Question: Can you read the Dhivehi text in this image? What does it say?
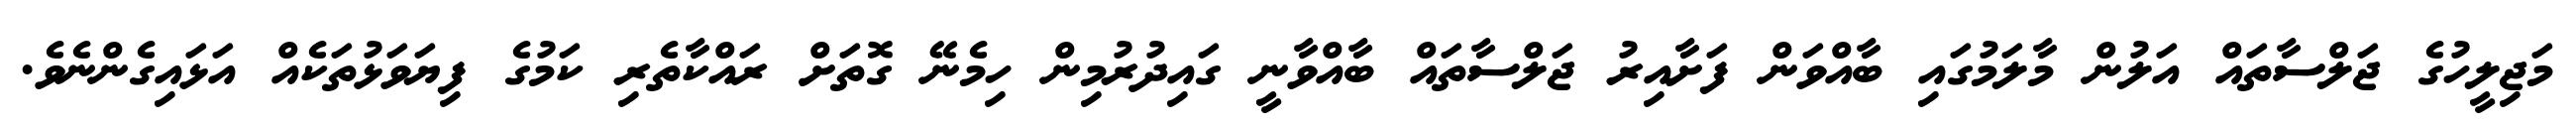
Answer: މަޖިލީހުގެ ޖަލްސާތައް އަލުން މާލަމުގައި ބާއްވަން ފަށާއިރު ޖަލްސާތައް ބާއްވާނީ ގައިދުރުމިން ހިމެނޭ ގޮތަށް ރައްކާތެރި ކަމުގެ ފިޔަވަޅުތަކެއް އަޅައިގެންނެވެ.